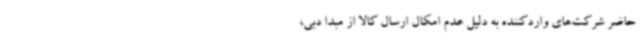
حاضر شرکت‌های واردکننده به دلیل عدم امکال ارسال کالا از مبدا دبی،